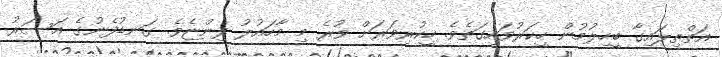
އަތްތިލައިގާ ބީހިލުމުން ހީކަރުވައިގަތެވެ. ހީކުރިވަރަށް ވުރެ މި މާހައުލު ފިންޏެވެ. ގަނޑުފެނުގެ އަސަރު